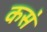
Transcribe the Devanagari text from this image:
कस॓